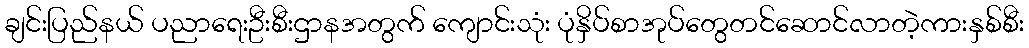
ချင်းပြည်နယ် ပညာရေးဦးစီးဌာနအတွက် ကျောင်းသုံး ပုံနှိပ်စာအုပ်တွေတင်ဆောင်လာတဲ့ကားနှစ်စီး